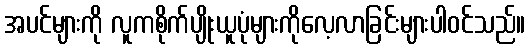
အပင်များကို လူကစိုက်ပျိုးယူပုံများကိုလေ့လာခြင်းများပါဝင်သည်။